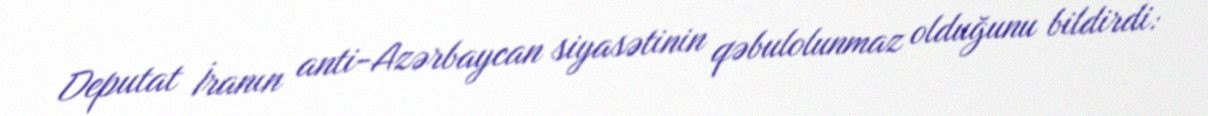
Deputat İranın anti-Azərbaycan siyasətinin qəbulolunmaz olduğunu bildirdi: